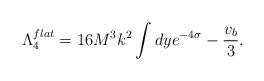
LaTeX: \begin{align*}\Lambda_4^{flat} = 16 M^3 k^2 \int dy e^{-4 \sigma} - \frac{v_b}{3}.\end{align*}